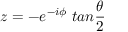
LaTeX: z = - e ^ { - i \phi } ~ t a n \frac { \theta } { 2 }